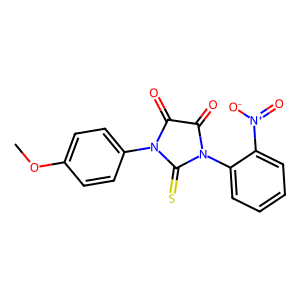
SMILES: COc1ccc(N2C(=O)C(=O)N(c3ccccc3[N+](=O)[O-])C2=S)cc1
Inhibits HIV replication: No